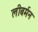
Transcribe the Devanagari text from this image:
लीबर्मन